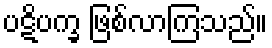
ပဋိပက္ခ ဖြစ်လာကြသည်။